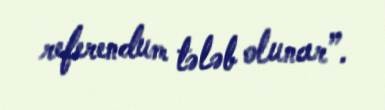
referendum tələb olunar”.